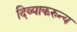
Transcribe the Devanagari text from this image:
दिव्याकरुन्य